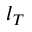
l _ { T }